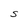
Character: S